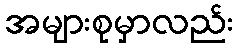
အများစုမှာလည်း